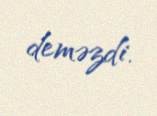
deməzdi.